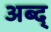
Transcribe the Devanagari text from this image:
अब्द्